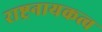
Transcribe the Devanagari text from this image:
राष्ट्रनायकत्व